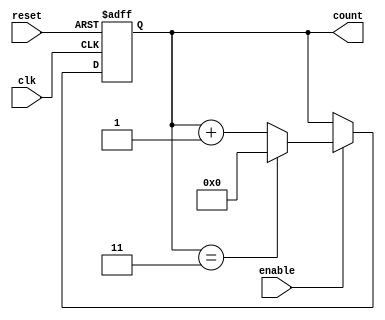
module ModuloN_Up_Counter (
    input wire clk,
    input wire reset,
    input wire enable,
    output reg [N-1:0] count
);

parameter N = 4; // Set N to the desired modulo value

always @(posedge clk or posedge reset) begin
    if (reset) begin
        count <= 0;
    end else begin
        if (enable) begin
            if (count == N-1) begin
                count <= 0;
            end else begin
                count <= count + 1;
            end
        end
    end
end

endmodule